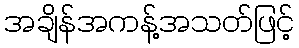
အချိန်အကန့်အသတ်ဖြင့်